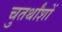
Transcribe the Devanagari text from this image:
चुतर्थांशों